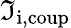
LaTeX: \mathfrak{I}_{\mathrm{{i,coup}}}